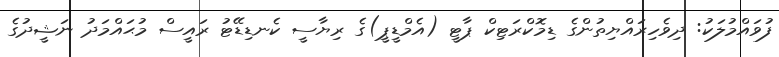
ފުވައްމުލަކު: ދިވެހިރައްޔިތުންގެ ޑިމޮކްރަޓިކް ޕާޓީ (އެމްޑީޕީ)ގެ ރިޔާސީ ކެނޑިޑޭޓު ރައީސް މުޙައްމަދު ނަޝީދުގެ